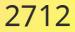
2712